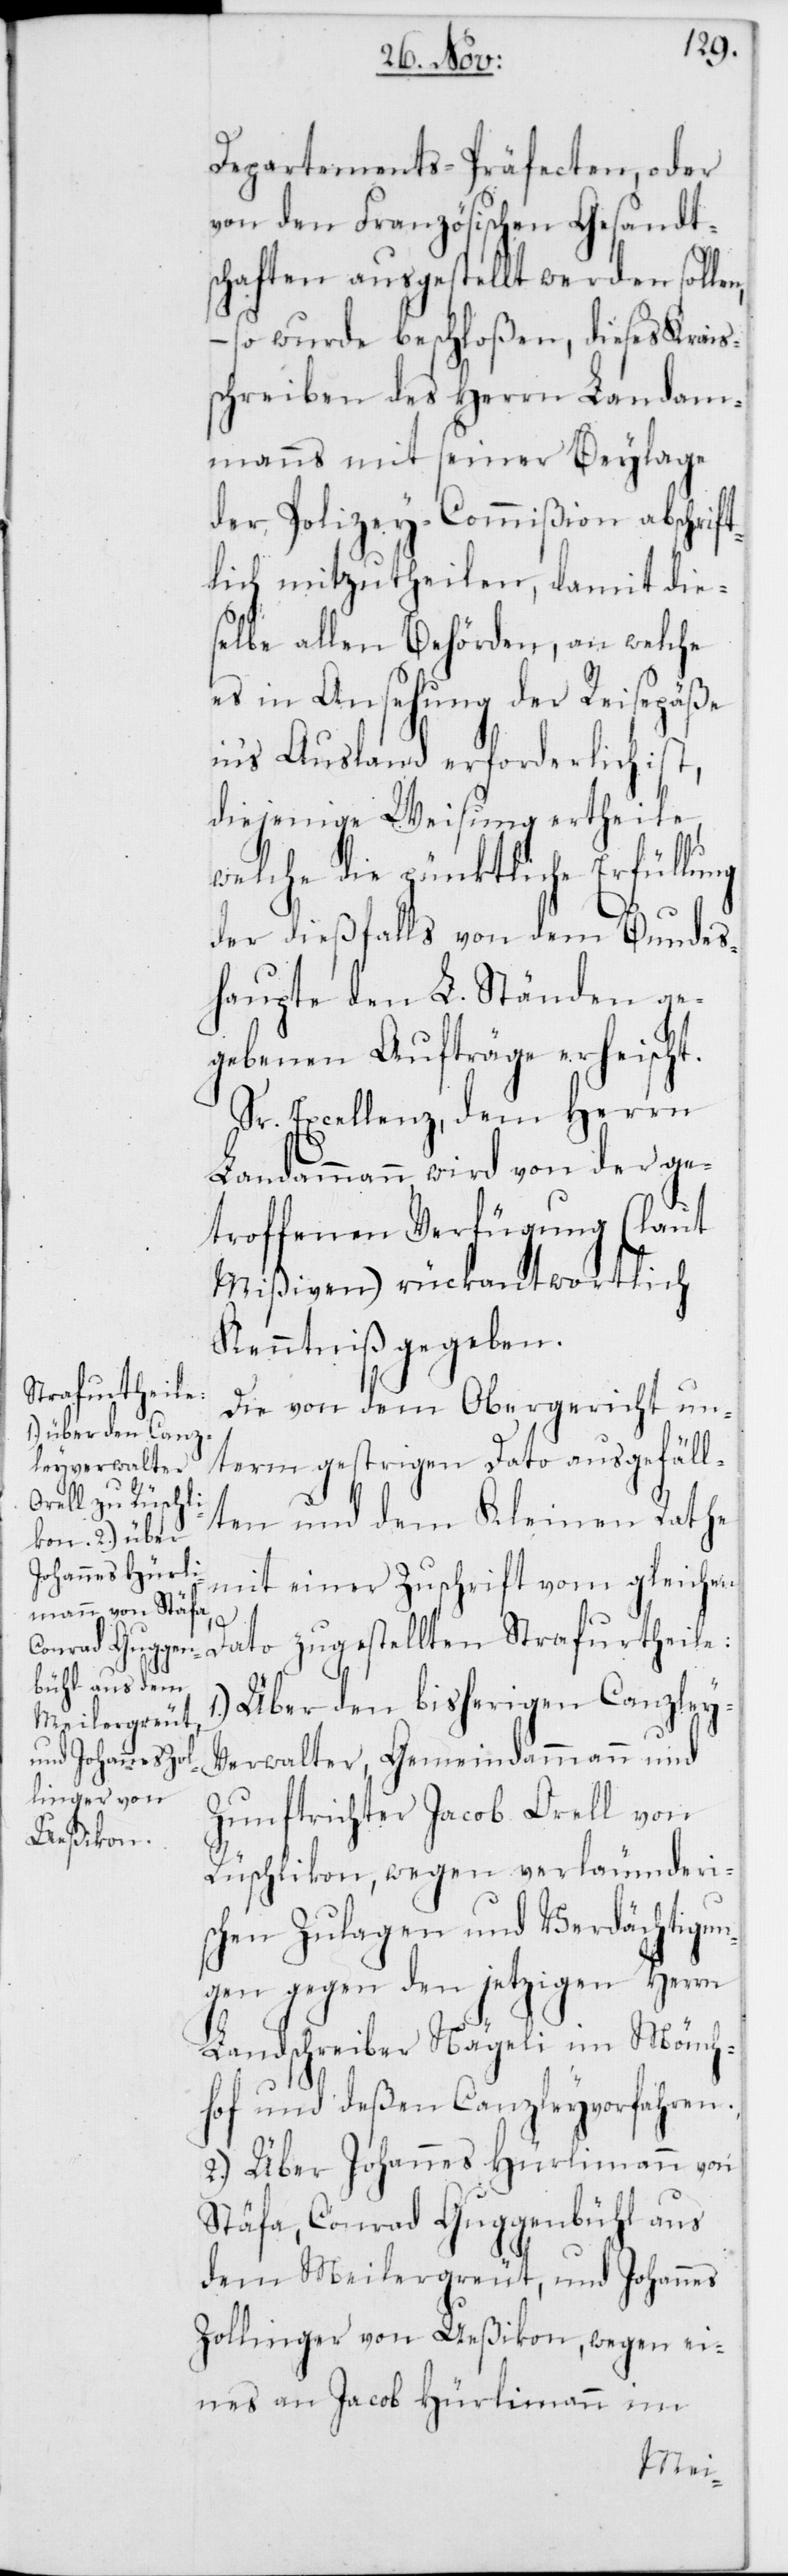
Departements-Präfecten, oder
von den Französischen Gesandt¬
schaften ausgestellt werden sollen,
– so wurde beschloßen, dieses Krais¬
schreiben des Herrn Landam¬
manns mit seiner Beylage
der Polizey-Commißion abschrif¬
tlich mitzutheilen, damit die¬
selbe allen Behörden, an welche
es in Ansehung der Reisepäße
in’s Ausland erforderlich ist,
diejenige Weisung ertheile,
welche die pünktliche Erfüllung
der dießfalls von dem Bundes¬
haupte den L. Ständen ge¬
gebenen Aufträge erheischt.
Sr. Excellenz, dem Herrn
Landammann, wird von der ge¬
troffenen Verfügung (laut
Mißiven) rückantwortlich
Kenntniß gegeben.
Die von dem Obergericht un¬
term gestrigen Dato ausgefäll¬
ten und dem Kleinen Rate
mit einer Zuschrift vom gleichen
Dato zugestellten Strafurtheile:
Über den bisherigen Canzley-V¬
erwalter, Gemeindammann und
Zunftrichter Jacob Orell von
Rüschlikon, wegen verleumderi¬
schen Zulagen und Verdächtigun¬
gen gegen den jetzigen Herrn
Landschreiber Nägeli im Mönch¬
hof und deßen Canzleyvorfahren.
2.) Über Johannes Hürlimann von
Stäfa, Conrad Guggenbühl aus
dem Meilergreut, und Johannes
Zollinger von Ueßikon, wegen ei¬
nes an Jacob Hürlimann im